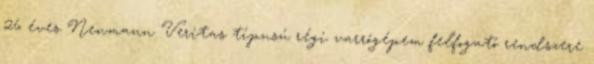
26 éves Neumann Veritas típusú régi varrógépem felfogató rendszere